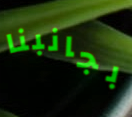
بجانبنا